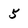
Character: 5